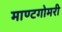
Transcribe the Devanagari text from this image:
माण्टगोमरी